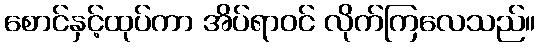
စောင်နှင့်ထုပ်ကာ အိပ်ရာဝင် လိုက်ကြလေသည်။